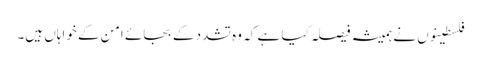
فلسطینوں نے ہمیشہ فیصلہ کیا ہے کہ وہ تشدد کے بجائے امن کے خواہاں ہیں۔